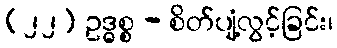
(၂၂) ဥဒ္ဓစ္စ - စိတ်ပျံ့လွင့်ခြင်း၊